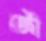
জী